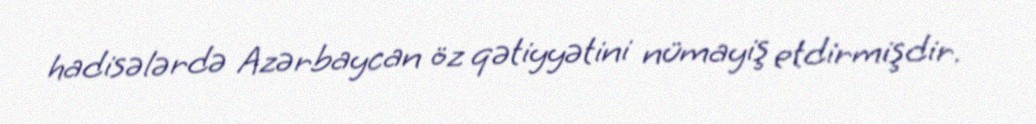
hadisələrdə Azərbaycan öz qətiyyətini nümayiş etdirmişdir.